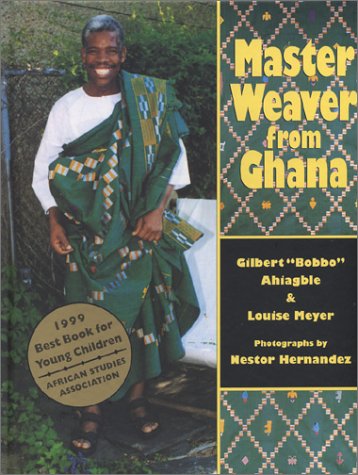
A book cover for Master Weaver from Ghana; Gilbert Ahiagble; Business & Money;